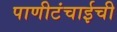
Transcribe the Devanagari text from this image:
पाणीटंचाईची